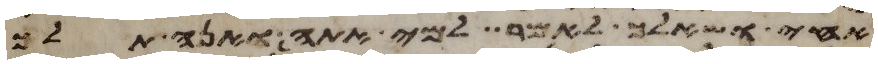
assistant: אחי ושאלך לאמר למי אתה ואנה תלך